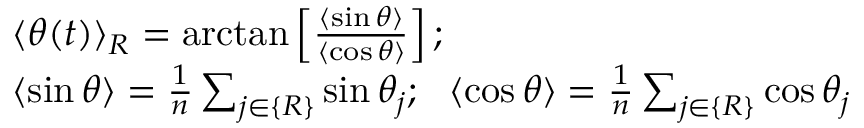
\begin{array} { r l } & { { \langle \theta ( t ) \rangle } _ { R } = \arctan \left[ \frac { \langle \sin \theta \rangle } { \langle \cos \theta \rangle } \right] ; } \\ & { \langle \sin \theta \rangle = \frac { 1 } { n } \sum _ { j \in \{ R \} } \sin \theta _ { j } ; \ \ \langle \cos \theta \rangle = \frac { 1 } { n } \sum _ { j \in \{ R \} } \cos \theta _ { j } } \end{array}